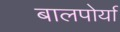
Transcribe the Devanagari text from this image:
बालपोर्या